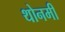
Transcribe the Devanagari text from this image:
थोनमी